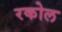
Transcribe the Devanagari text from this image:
रकोल